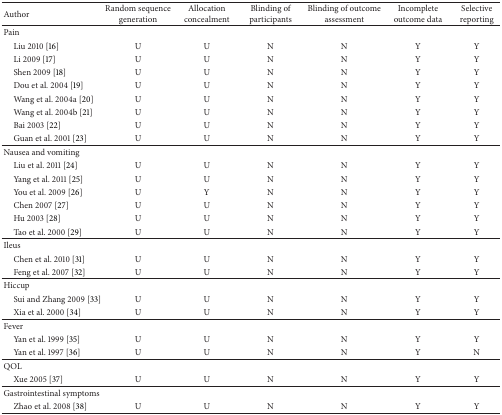
| Author | Random sequence generation | Allocation concealment | Blinding of participants | Blinding of outcome assessment | Incomplete outcome data | Selective reporting |
 | --- | --- | --- | --- | --- | --- | --- |
 | Pain |  |  |  |  |  |  |
 | Liu 2010 [16] | U | U | N | N | Y | Y |
 | Li 2009 [17] | U | U | N | N | Y | Y |
 | Shen 2009 [18] | U | U | N | N | Y | Y |
 | Dou et al. 2004 [19] | U | U | N | N | Y | Y |
 | Wang et al. 2004a [20] | U | U | N | N | Y | Y |
 | Wang et al. 2004b [21] | U | U | N | N | Y | Y |
 | Bai 2003 [22] | U | U | N | N | Y | Y |
 | Guan et al. 2001 [23] | U | U | N | N | Y | Y |
 | Nausea and vomiting |  |  |  |  |  |  |
 | Liu et al. 2011 [24] | U | U | N | N | Y | Y |
 | Yang et al. 2011 [25] | U | U | N | N | Y | Y |
 | You et al. 2009 [26] | U | Y | N | N | Y | Y |
 | Chen 2007 [27] | U | U | N | N | Y | Y |
 | Hu 2003 [28] | U | U | N | N | Y | Y |
 | Tao et al. 2000 [29] | U | U | N | N | Y | Y |
 | Ileus |  |  |  |  |  |  |
 | Chen et al. 2010 [31] | U | U | N | N | Y | Y |
 | Feng et al. 2007 [32] | U | U | N | N | Y | Y |
 | Hiccup |  |  |  |  |  |  |
 | Sui and Zhang 2009 [33] | U | U | N | N | Y | Y |
 | Xia et al. 2000 [34] | U | U | N | N | Y | Y |
 | Fever |  |  |  |  |  |  |
 | Yan et al. 1999 [35] | U | U | N | N | Y | Y |
 | Yan et al. 1997 [36] | U | U | N | N | Y | N |
 | QOL |  |  |  |  |  |  |
 | Xue 2005 [37] | U | U | N | N | Y | Y |
 | Gastrointestinal symptoms |  |  |  |  |  |  |
 | Zhao et al. 2008 [38] | U | U | N | N | Y | Y |